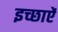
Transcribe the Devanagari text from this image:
इच्छाऐं